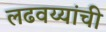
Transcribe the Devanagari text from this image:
लढवय्यांची